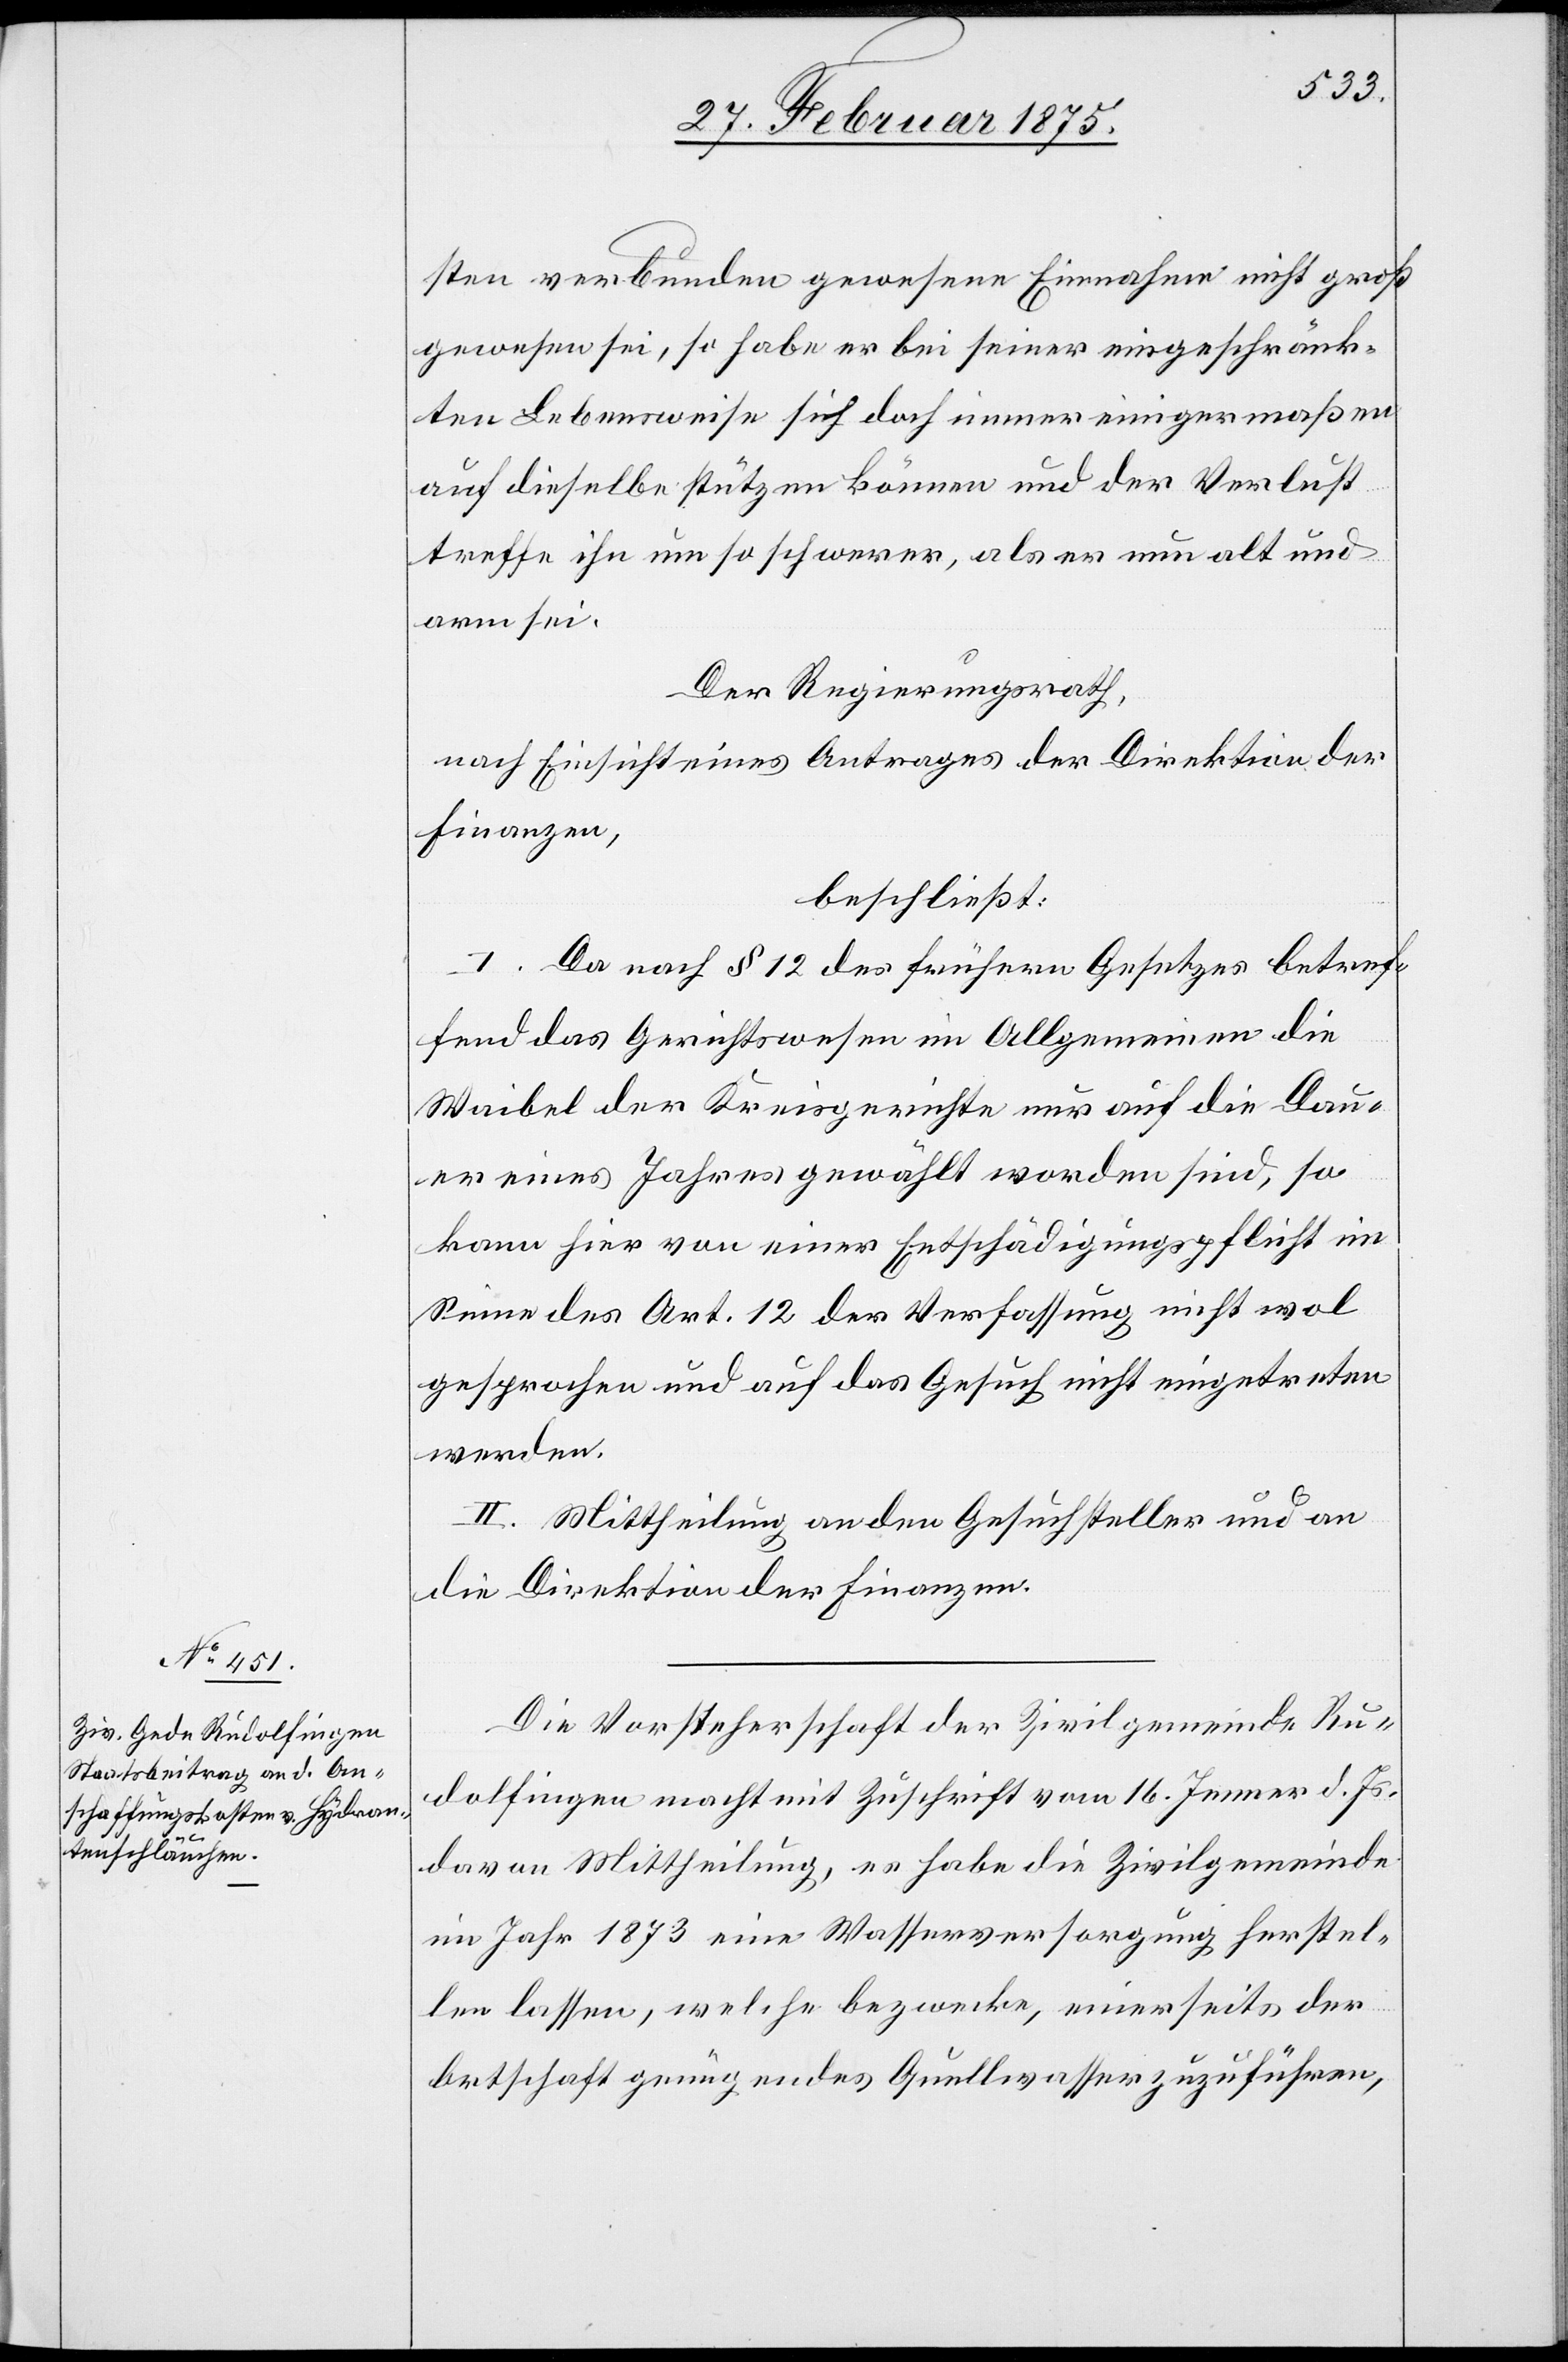
sten verbunden gewesene Einnahme nicht groß
gewesen sei, so habe er bei seiner eingeschränk¬
ten Lebensweise sich doch immer einigermaßen
auf dieselbe stützen können und der Verlust
treffe ihn um so schwerer, als er nun alt und
arm sei.
Der Regierungsrath,
nach Einsicht eines Antrages der Direktion der
Finanzen,
beschließt:
I. Da nach § 12 des frühern Gesetzes betref¬
fend das Gerichtswesen im Allgemeinen die
Waibel der Kreisgerichte nur auf die Dau¬
er eines Jahres gewählt worden sind, so
kann hier von einer Entschädigungspflicht im
Sinne des Art. 12 der Verfassung nicht wol
gesprochen und auf das Gesuch nicht eingetreten
werden.
II. Mittheilung an den Gesuchsteller und an
die Direktion der Finanzen.
Die Vorsteherschaft der Zivilgemeinde Ru¬
dolfingen macht mit Zuschrift vom 16. Jenner d. Js.
davon Mittheilung, es habe die Zivilgemeinde
im Jahr 1873 eine Wasserversorgung herstel¬
len lassen welche bezwecke, einerseits der
Ortschaft genügendes Quellwasser zuzuführen,